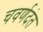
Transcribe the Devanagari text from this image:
चवर्णदंत